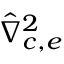
\boldsymbol { \hat { \nabla } _ { c , e } ^ { 2 } }